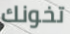
تخونك